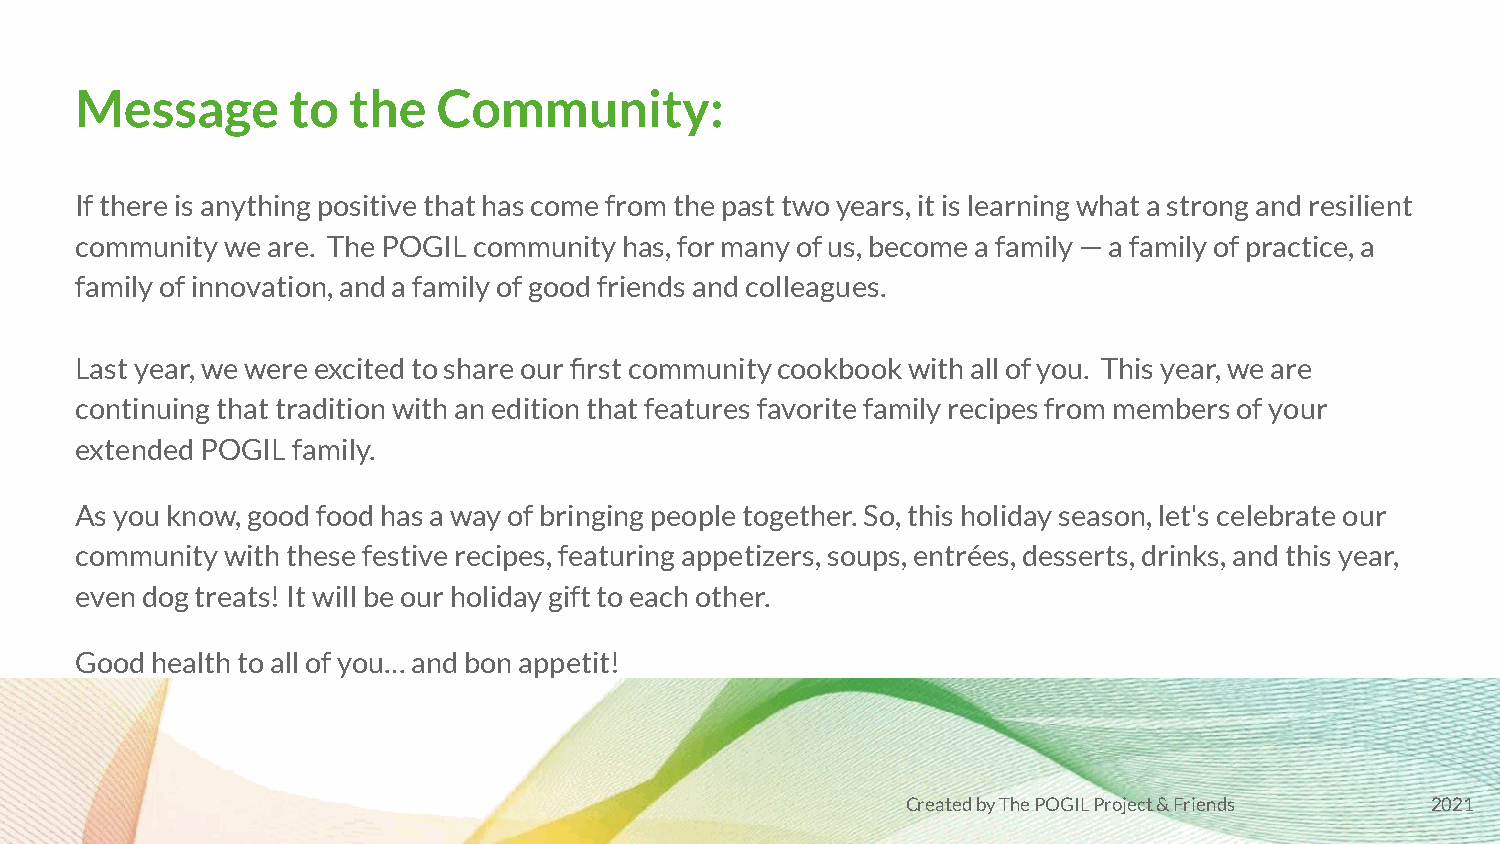
Message       to  the   Community:
 If there is anything positive that has come from the past two years, it is learning what a strong and resilient
 community we are. The POGIL community has, for many of us, become a family — a family of practice, a
 family of innovation, and a family of good friends and colleagues.
 Last year, we were excited to share our first community cookbook with all of you. This year, we are
 continuing that tradition with an edition that features favorite family recipes from members of your
 extended POGIL family.
 As you know, good food has a way of bringing people together. So, this holiday season, let's celebrate our
 community with these festive recipes, featuring appetizers, soups, entrées, desserts, drinks, and this year,
 even dog treats! It will be our holiday gift to each other.
 Good health to all of you… and bon appetit!
 Created by The POGIL Project & Friends 2021